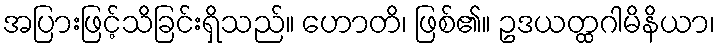
အပြားဖြင့်သိခြင်းရှိသည်။ ဟောတိ၊ ဖြစ်၏။ ဥဒယတ္ထဂါမိနိယာ၊